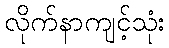
လိုက်နာကျင့်သုံး